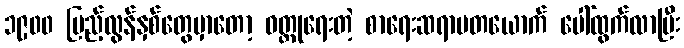
၁၉၀၀ ပြည့်လွန်နှစ်တွေမှာတော့ ဝတ္ထုရေးတဲ့ စာရေးဆရာမတယောက် ပေါ်ထွက်လာပြီး